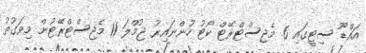
އައްޑޫ ސިޓީގައި 6 މެޖިސްޓްރޭޓް ކޯޓު ހުންނައިރު ޖުމްލަ 11 މެޖިސްޓްރޭޓުން މިވަގުތު